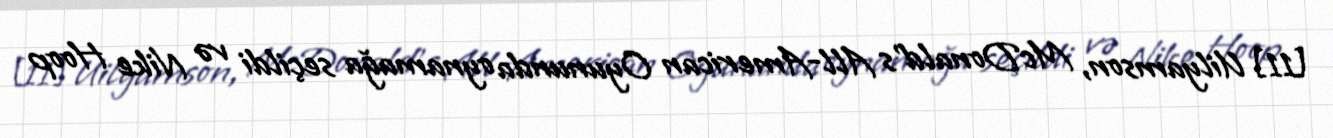
[11] Uilyamson, McDonald's All-American Oyununda oynamağa seçildi və Nike Hoop